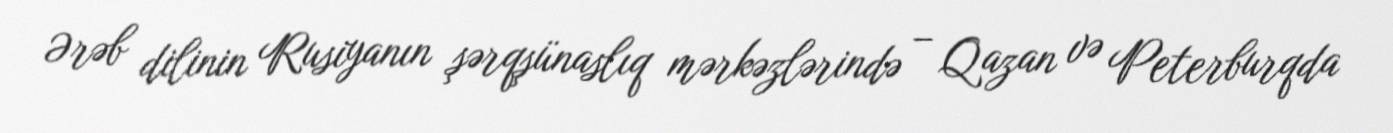
Ərəb dilinin Rusiyanın şərqşünaslıq mərkəzlərində – Qazan və Peterburqda